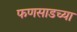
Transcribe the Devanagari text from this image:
फणसाडच्या